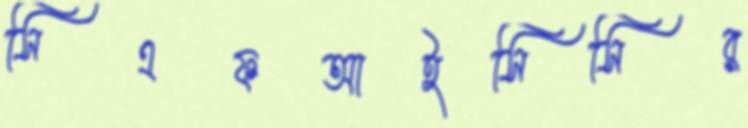
সিএফআইসিসির